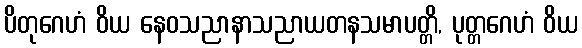
ပိတုဂေဟံ ဝိယ နေဝသညာနာသညာယတနသမာပတ္တိ, ပုတ္တဂေဟံ ဝိယ